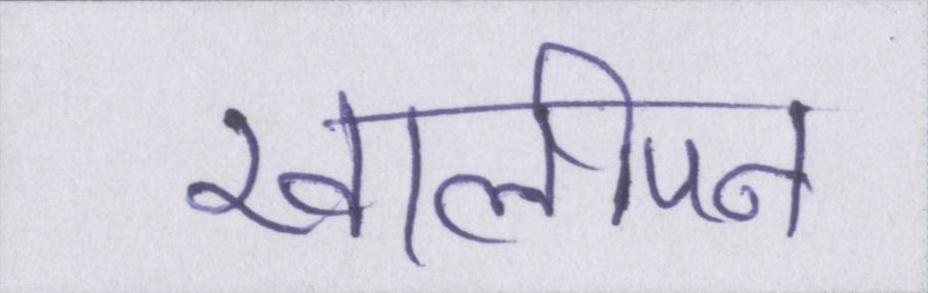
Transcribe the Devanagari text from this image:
खालीपन